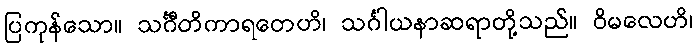
ပြကုန်သော။ သင်္ဂီတိကာရတေဟိ၊ သင်္ဂါယနာဆရာတို့သည်။ ဝိမလေဟိ၊